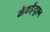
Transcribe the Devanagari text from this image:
मैकईयुएन